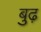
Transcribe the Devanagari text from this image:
बुढ़